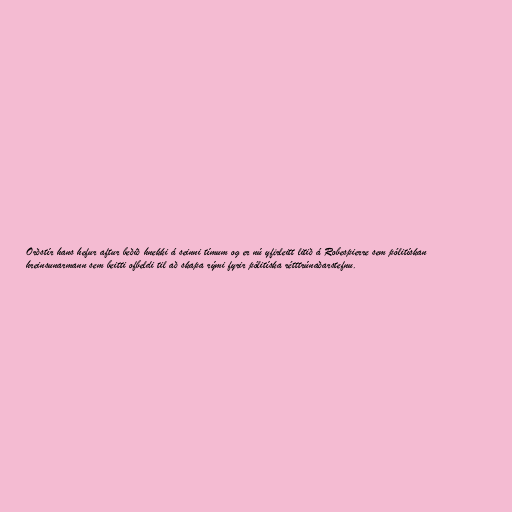
Orðstír hans hefur aftur beðið hnekki á seinni tímum og er nú yfirleitt litið á Robespierre sem pólitískan
hreinsunarmann sem beitti ofbeldi til að skapa rými fyrir pólitíska rétttrúnaðarstefnu.